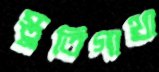
স্তুতিগাথা